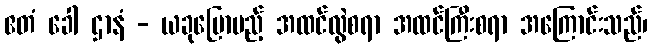
ဧတံ ခေါ ဌာနံ - ယခုပြောမည့် အထင်လွဲစရာ အထင်ကြီးစရာ အကြောင်းသည်၊